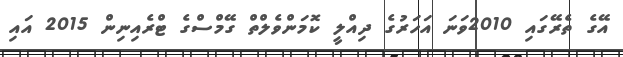
އޭގެ ތެރޭގައި 2010ވަނަ އަހަރުގެ ދިއްލީ ކޮމަންވެލްތް ގޭމްސްގެ ޓްރެއިނިން 2015 އައި